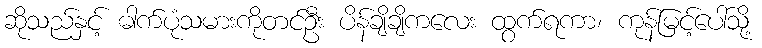
ဆိုသည်နှင့် ဓါက်ပုံသမားကိုတင်ဦး ပိန်ချိချိကလေး ထွက်ရကာ၊ ကုန်မြင့်ပေါ်သို့